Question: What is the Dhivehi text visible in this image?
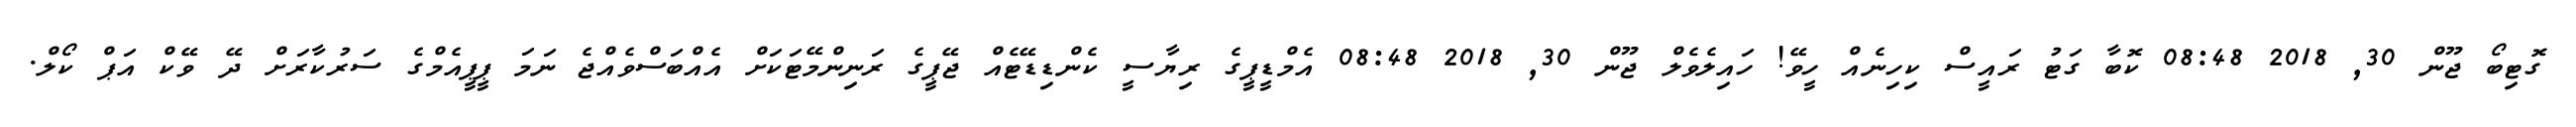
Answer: ގޮޓިބޯ ޖޫން 30, 2018 08:48 ކޮބާ ގަޓު ރައީސް ކިހިނެއް ހީވޭ! ހައިލެވެލް ޖޫން 30, 2018 08:48 އެމްޑީޕީގެ ރިޔާސީ ކެންޑިޑޭޓެއް ޖޭޕީގެ ރަނިންމޭޓަކަށް އެއްބަސްވެއްޖެ ނަމަ ޕީޕީއެމްގެ ސަރުކާރަށް ދޭ ވޭކް އަޕް ކޯލް.